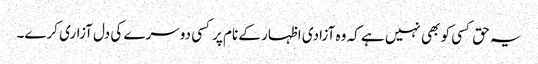
یہ حق کسی کو بھی نہیں ہے کہ وہ آزادی اظہار کے نام پرکسی دوسرے کی دل آزاری کرے۔